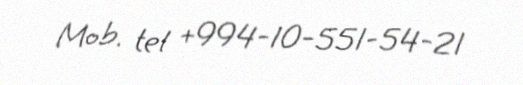
Mob. tel +994-10-551-54-21